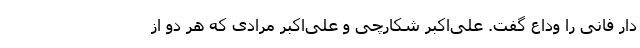
دار فانی را وداع گفت. علی‌اکبر شکارچی و علی‌اکبر مرادی که هر دو از